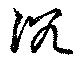
沈